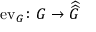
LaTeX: \operatorname { e v } _ { G } \colon G \to { \widehat { \widehat { G } } }